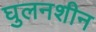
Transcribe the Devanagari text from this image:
घुलनशीन